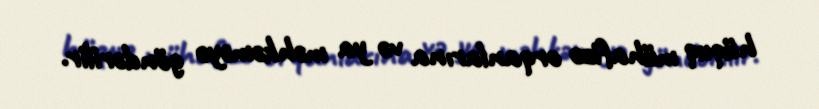
hüquq mühafizə orqanlarına və ya məhkəməyə göndərilir.